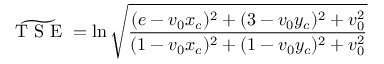
\widetilde { \mathrm { ~ T ~ S ~ E ~ } } = \ln \sqrt { \frac { ( e - v _ { 0 } x _ { c } ) ^ { 2 } + ( 3 - v _ { 0 } y _ { c } ) ^ { 2 } + v _ { 0 } ^ { 2 } } { ( 1 - v _ { 0 } x _ { c } ) ^ { 2 } + ( 1 - v _ { 0 } y _ { c } ) ^ { 2 } + v _ { 0 } ^ { 2 } } }